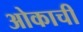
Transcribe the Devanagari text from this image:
ओकाची